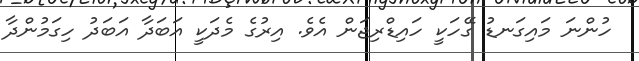
ހުންނަ މައިގަނޑު ގޭހަކީ ހައިޑްރިޖަން އެވެ. އިރުގެ މެދަކީ އަބަދާ އަބަދު ހިގަމުންދާ